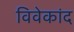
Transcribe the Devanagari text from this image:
विवेकांद